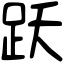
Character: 跃